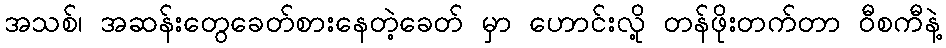
အသစ်၊ အဆန်းတွေခေတ်စားနေတဲ့ခေတ် မှာ ဟောင်းလို့ တန်ဖိုးတက်တာ ဝီစကီနဲ့